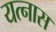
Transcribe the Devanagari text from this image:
यत्नास